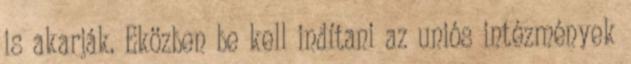
is akarják. Eközben be kell indítani az uniós intézmények